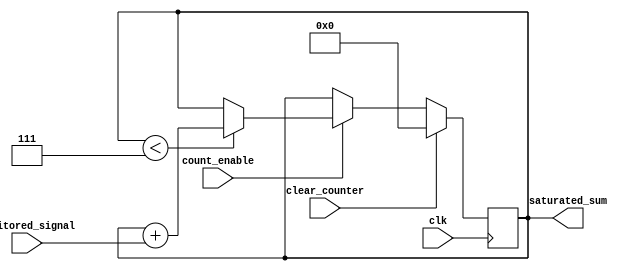
module saturating_counter 
#(
parameter num_counter_bits = 4,
parameter [num_counter_bits-1:0] saturation_limit={1'b0,{(num_counter_bits-1){1'b1}}}
)
(
input clk,
input monitored_signal,
output reg [num_counter_bits-1:0] saturated_sum = 0,
input count_enable,
input clear_counter
);

always @(posedge clk)
begin
     if (clear_counter)
	 begin
	      saturated_sum <= 0;
     end else
     begin	 
	      if (count_enable)
		  begin
		      if (saturated_sum < saturation_limit)
			  begin
		           saturated_sum <= saturated_sum + monitored_signal;		  
			  end else
			  begin
			      saturated_sum <= saturated_sum;
			  end
		  end else 
		  begin
		       saturated_sum <= saturated_sum;
		  end
     end
end


endmodule